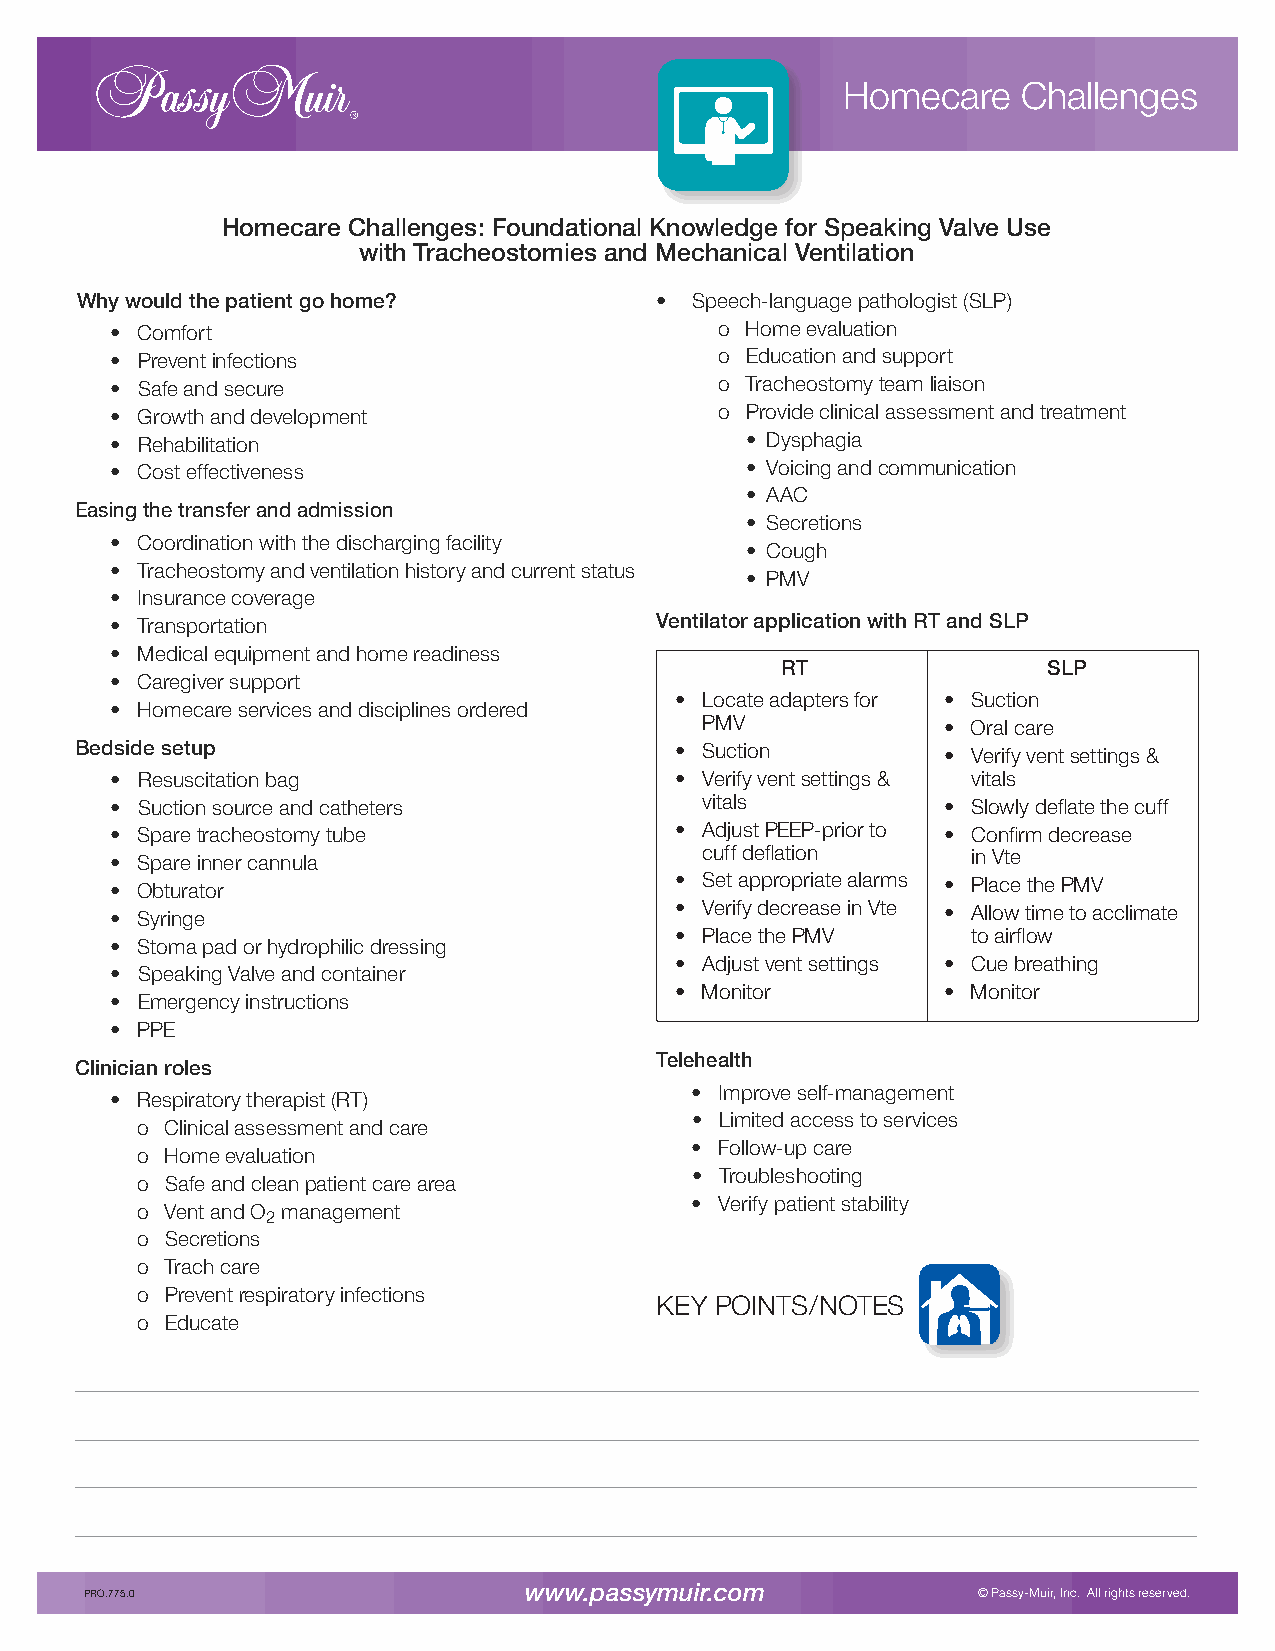
Homecare    Challenges
 Homecare Challenges: Foundational Knowledge for Speaking Valve Use
 with Tracheostomies and Mechanical Ventilation
 Why would the patient go home?        •  Speech-language pathologist (SLP)
 • Comfort                                o Home evaluation
 • Prevent infections                     o Education and support
 • Safe and secure                        o Tracheostomy team liaison
 • Growth and development                 o Provide clinical assessment and treatment
 • Rehabilitation                          • Dysphagia
 • Cost effectiveness                      • Voicing and communication
 • AAC
 Easing the transfer and admission
 • Secretions
 • Coordination with the discharging facility
 • Cough
 • Tracheostomy and ventilation history and current status
 • PMV
 • Insurance coverage
 • Transportation                    Ventilator application with RT and SLP
 • Medical equipment and home readiness
 RT               SLP
 • Caregiver support
 • Locate adapters for • Suction
 • Homecare services and disciplines ordered
 PMV             • Oral care
 Bedside setup                           • Suction        • Verify vent settings &
 • Resuscitation bag                   • Verify vent settings & vitals
 • Suction source and catheters         vitals          • Slowly deflate the cuff
 • Spare tracheostomy tube             • Adjust PEEP-prior to • Confirm decrease
 • Spare inner cannula                  cuff deflation    in Vte
 • Obturator                           • Set appropriate alarms • Place the PMV
 • Syringe                             • Verify decrease in Vte • Allow time to acclimate
 • Place the PMV    to airflow
 • Stoma pad or hydrophilic dressing
 • Adjust vent settings • Cue breathing
 • Speaking Valve and container
 • Monitor        • Monitor
 • Emergency instructions
 • PPE
 Telehealth
 Clinician roles
 • Improve self-management
 • Respiratory therapist (RT)
 • Limited access to services
 o Clinical assessment and care
 • Follow-up care
 o Home evaluation
 • Troubleshooting
 o Safe and clean patient care area
 • Verify patient stability
 o Vent and O management
 2
 o Secretions
 o Trach care
 o Prevent respiratory infections
 KEY POINTS/NOTES
 o Educate
 PRO.775.0                    www.passymuir.com             © Passy-Muir, Inc. All rights reserved.